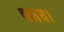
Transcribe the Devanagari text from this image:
बताय।